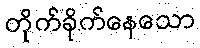
တိုက်ခိုက်နေသော